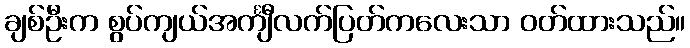
ချစ်ဦးက စွပ်ကျယ်အင်္ကျီလက်ပြတ်ကလေးသာ ဝတ်ထားသည်။